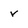
Character: r